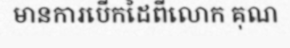
មានការបើកដៃពីលោក គុណ